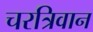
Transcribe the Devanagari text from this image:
चरत्रिवान